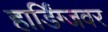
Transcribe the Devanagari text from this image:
हार्डिंग्जवर